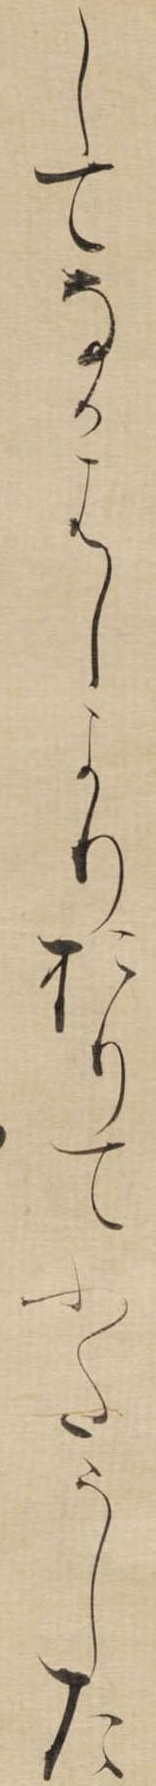
してなかはしよりおりてふたうした